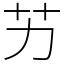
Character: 艻